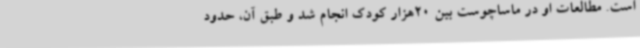
است. مطالعات او در ماساچوست بین 20هزار کودک انجام شد و طبق آن، حدود